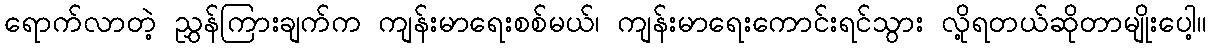
ရောက်လာတဲ့ ညွှန်ကြားချက်က ကျန်းမာရေးစစ်မယ်၊ ကျန်းမာရေးကောင်းရင်သွား လို့ရတယ်ဆိုတာမျိုးပေါ့။